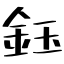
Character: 鈺